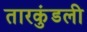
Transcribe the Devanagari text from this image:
तारकुंडली